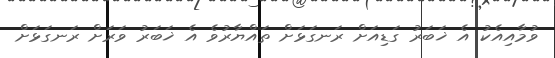
ވުމާއިއެކު އެ ޚަބަރު ގަޑިއަށް ރަނގަޅަށް ތައްޔާރުވެ އެ ޚަބަރު ވަރަށް ރަނގަޅަށް